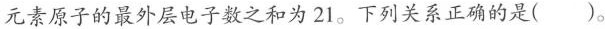
元素原子的最外层电子数之和为21。下列关系正确的是()。